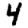
Digit: 4